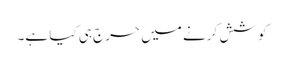
کو شش کرنے میں حرج ہی کیا ہے۔